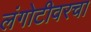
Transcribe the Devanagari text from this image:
लंगोटीवरचा